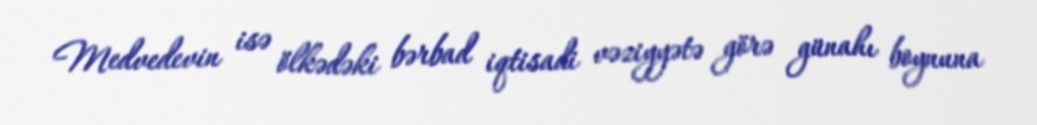
Medvedevin isə ölkədəki bərbad iqtisadi vəziyyətə görə günahı boynuna